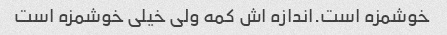
خوشمزه است.اندازه اش کمه ولی خیلی خوشمزه است